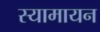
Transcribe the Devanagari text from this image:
स्यामायन